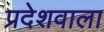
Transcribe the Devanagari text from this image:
प्रदेशवाला